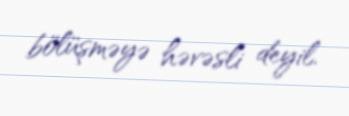
bölüşməyə həvəsli deyil.